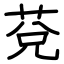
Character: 莌